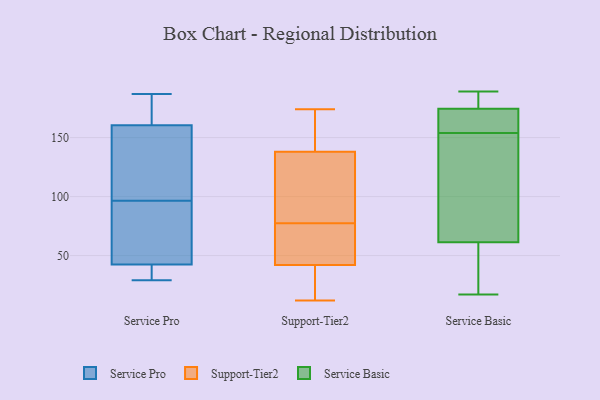
{"axis": {"x": "Headcount", "y": "Value"}, "legend": ["Service Basic", "Service Pro", "Support-Tier2"], "data": [{"x": "", "y": 98, "type": "Service Pro"}, {"x": "", "y": 83, "type": "Service Pro"}, {"x": "", "y": 180, "type": "Service Pro"}, {"x": "", "y": 95, "type": "Service Pro"}, {"x": "", "y": 110, "type": "Service Pro"}, {"x": "", "y": 187, "type": "Service Pro"}, {"x": "", "y": 32, "type": "Service Pro"}, {"x": "", "y": 103, "type": "Service Pro"}, {"x": "", "y": 29, "type": "Service Pro"}, {"x": "", "y": 173, "type": "Service Pro"}, {"x": "", "y": 148, "type": "Service Pro"}, {"x": "", "y": 90, "type": "Service Pro"}, {"x": "", "y": 43, "type": "Service Pro"}, {"x": "", "y": 33, "type": "Service Pro"}, {"x": "", "y": 42, "type": "Service Pro"}, {"x": "", "y": 183, "type": "Service Pro"}, {"x": "", "y": 138, "type": "Support-Tier2"}, {"x": "", "y": 12, "type": "Support-Tier2"}, {"x": "", "y": 174, "type": "Support-Tier2"}, {"x": "", "y": 171, "type": "Support-Tier2"}, {"x": "", "y": 42, "type": "Support-Tier2"}, {"x": "", "y": 107, "type": "Support-Tier2"}, {"x": "", "y": 41, "type": "Support-Tier2"}, {"x": "", "y": 138, "type": "Support-Tier2"}, {"x": "", "y": 48, "type": "Support-Tier2"}, {"x": "", "y": 45, "type": "Support-Tier2"}, {"x": "", "y": 189, "type": "Service Basic"}, {"x": "", "y": 59, "type": "Service Basic"}, {"x": "", "y": 180, "type": "Service Basic"}, {"x": "", "y": 169, "type": "Service Basic"}, {"x": "", "y": 173, "type": "Service Basic"}, {"x": "", "y": 68, "type": "Service Basic"}, {"x": "", "y": 175, "type": "Service Basic"}, {"x": "", "y": 17, "type": "Service Basic"}, {"x": "", "y": 154, "type": "Service Basic"}, {"x": "", "y": 68, "type": "Service Basic"}, {"x": "", "y": 37, "type": "Service Basic"}]}